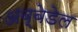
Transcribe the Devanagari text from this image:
अब्बेडेल